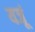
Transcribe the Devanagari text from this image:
यजूं